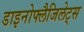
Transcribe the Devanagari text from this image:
डाइनोफ्लैजिलेट्स